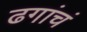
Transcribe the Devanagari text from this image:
ढगांचं